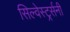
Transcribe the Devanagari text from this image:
सिल्वेस्टर्र्सनी